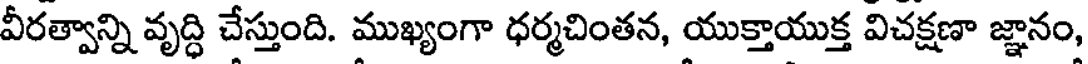
వీరత్వాన్ని వృద్ధి చేస్తుంది. ముఖ్యంగా ధర్మచింతన, యుక్తాయుక్త విచక్షణా జ్ఞానం,